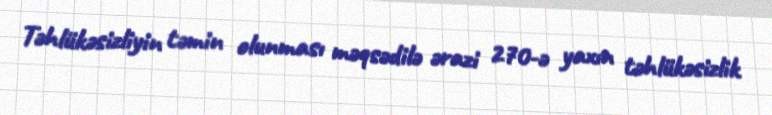
Təhlükəsizliyin təmin olunması məqsədilə ərazi 270-ə yaxın təhlükəsizlik